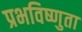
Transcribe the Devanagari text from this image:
प्रभविष्णुता